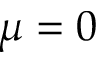
\mu = 0